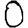
Digit: 0